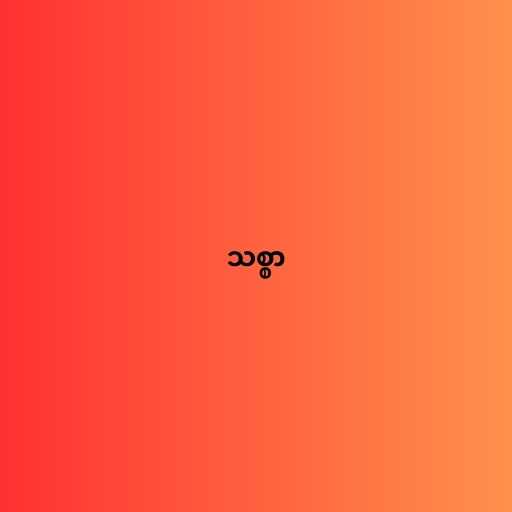
သစ္စာ